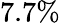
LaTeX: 7.7\%